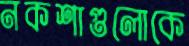
নকশাগুলোকে